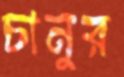
চানুর